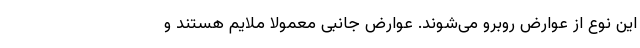
این نوع از عوارض روبرو می‌شوند. عوارض جانبی معمولا ملایم هستند و